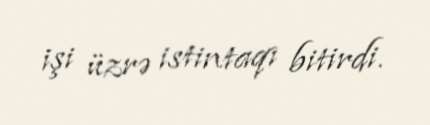
işi üzrə istintaqı bitirdi.